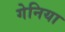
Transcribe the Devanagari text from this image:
गेनिया